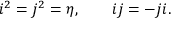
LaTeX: i ^ { 2 } = j ^ { 2 } = \eta , \qquad i j = - j i .